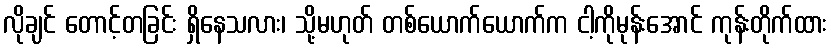
လိုချင် တောင့်တခြင်း ရှိနေသလား၊ သို့မဟုတ် တစ်ယောက်ယောက်က ငါ့ကိုမုန်းအောင် ကုန်းတိုက်ထား